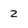
Character: 2